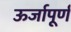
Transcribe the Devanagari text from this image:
ऊर्जापूर्ण